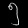
Digit: ၅